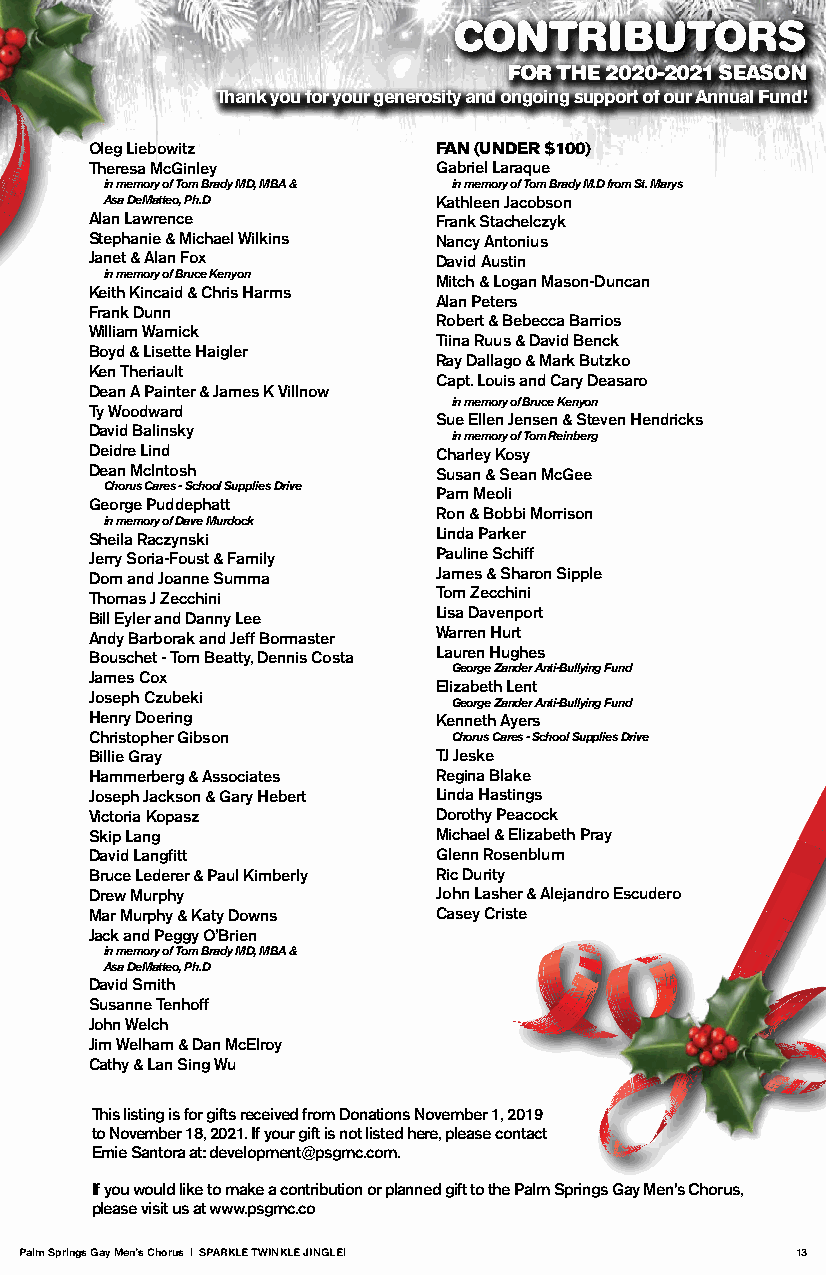
CONTRIBUTORS
 FOR THE 2020-2021 SEASON
 Thank you for your generosity and ongoing support of our Annual Fund!
 Oleg Liebowitz         FAN (UNDER $100)
 Theresa McGinley       Gabriel Laraque
 in memory of Tom Brady MD, MBA & in memory of Tom Brady M.D from St. Marys
 Asa DeMatteo, Ph.D    Kathleen Jacobson
 Alan Lawrence          Frank Stachelczyk
 Stephanie & Michael Wilkins Nancy Antonius
 Janet & Alan Fox       David Austin
 in memory of Bruce Kenyon Mitch & Logan Mason-Duncan
 Keith Kincaid & Chris Harms
 Alan Peters
 Frank Dunn
 Robert & Bebecca Barrios
 William Warnick
 Tiina Ruus & David Benck
 Boyd & Lisette Haigler
 Ray Dallago & Mark Butzko
 Ken Theriault
 Capt. Louis and Cary Deasaro
 Dean A Painter & James K Villnow
 in memory of Bruce Kenyon
 Ty Woodward
 Sue Ellen Jensen & Steven Hendricks
 David Balinsky
 in memory of Tom Reinberg
 Deidre Lind            Charley Kosy
 Dean McIntosh          Susan & Sean McGee
 Chorus Cares - School Supplies Drive Pam Meoli
 George Puddephatt
 Ron & Bobbi Morrison
 in memory of Dave Murdock
 Sheila Raczynski       Linda Parker
 Jerry Soria-Foust & Family Pauline Schiff
 Dom and Joanne Summa   James & Sharon Sipple
 Thomas J Zecchini      Tom Zecchini
 Bill Eyler and Danny Lee Lisa Davenport
 Andy Barborak and Jeff Bormaster Warren Hurt
 Bouschet - Tom Beatty, Dennis Costa Lauren Hughes
 George Zander Anti-Bullying Fund
 James Cox
 Elizabeth Lent
 Joseph Czubeki
 George Zander Anti-Bullying Fund
 Henry Doering          Kenneth Ayers
 Christopher Gibson      Chorus Cares - School Supplies Drive
 Billie Gray            TJ Jeske
 Hammerberg & Associates Regina Blake
 Joseph Jackson & Gary Hebert Linda Hastings
 Victoria Kopasz        Dorothy Peacock
 Skip Lang              Michael & Elizabeth Pray
 David Langfitt         Glenn Rosenblum
 Bruce Lederer & Paul Kimberly Ric Durity
 Drew Murphy            John Lasher & Alejandro Escudero
 Mar Murphy & Katy Downs Casey Criste
 Jack and Peggy O’Brien
 in memory of Tom Brady MD, MBA &
 Asa DeMatteo, Ph.D
 David Smith
 Susanne Tenhoff
 John Welch
 Jim Welham & Dan McElroy
 Cathy & Lan Sing Wu
 This listing is for gifts received from Donations November 1, 2019
 to November 18, 2021. If your gift is not listed here, please contact
 Ernie Santora at: development@psgmc.com.
 If you would like to make a contribution or planned gift to the Palm Springs Gay Men’s Chorus,
 please visit us at www.psgmc.co
 Palm Springs Gay Men’s Chorus | SPARKLE TWINKLE JINGLE! 13